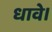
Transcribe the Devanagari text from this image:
धावे।